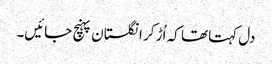
دل کہتا تھا کہ اُڑ کر انگلستان پہنچ جائیں۔